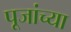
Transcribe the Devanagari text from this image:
पूजांच्या